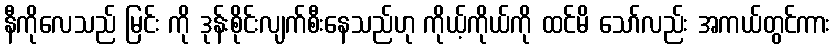
နီကိုလေသည် မြင်း ကို ဒုန်းစိုင်းလျက်စီးနေသည်ဟု ကိုယ့်ကိုယ်ကို ထင်မိ သော်လည်း အကယ်တွင်ကား